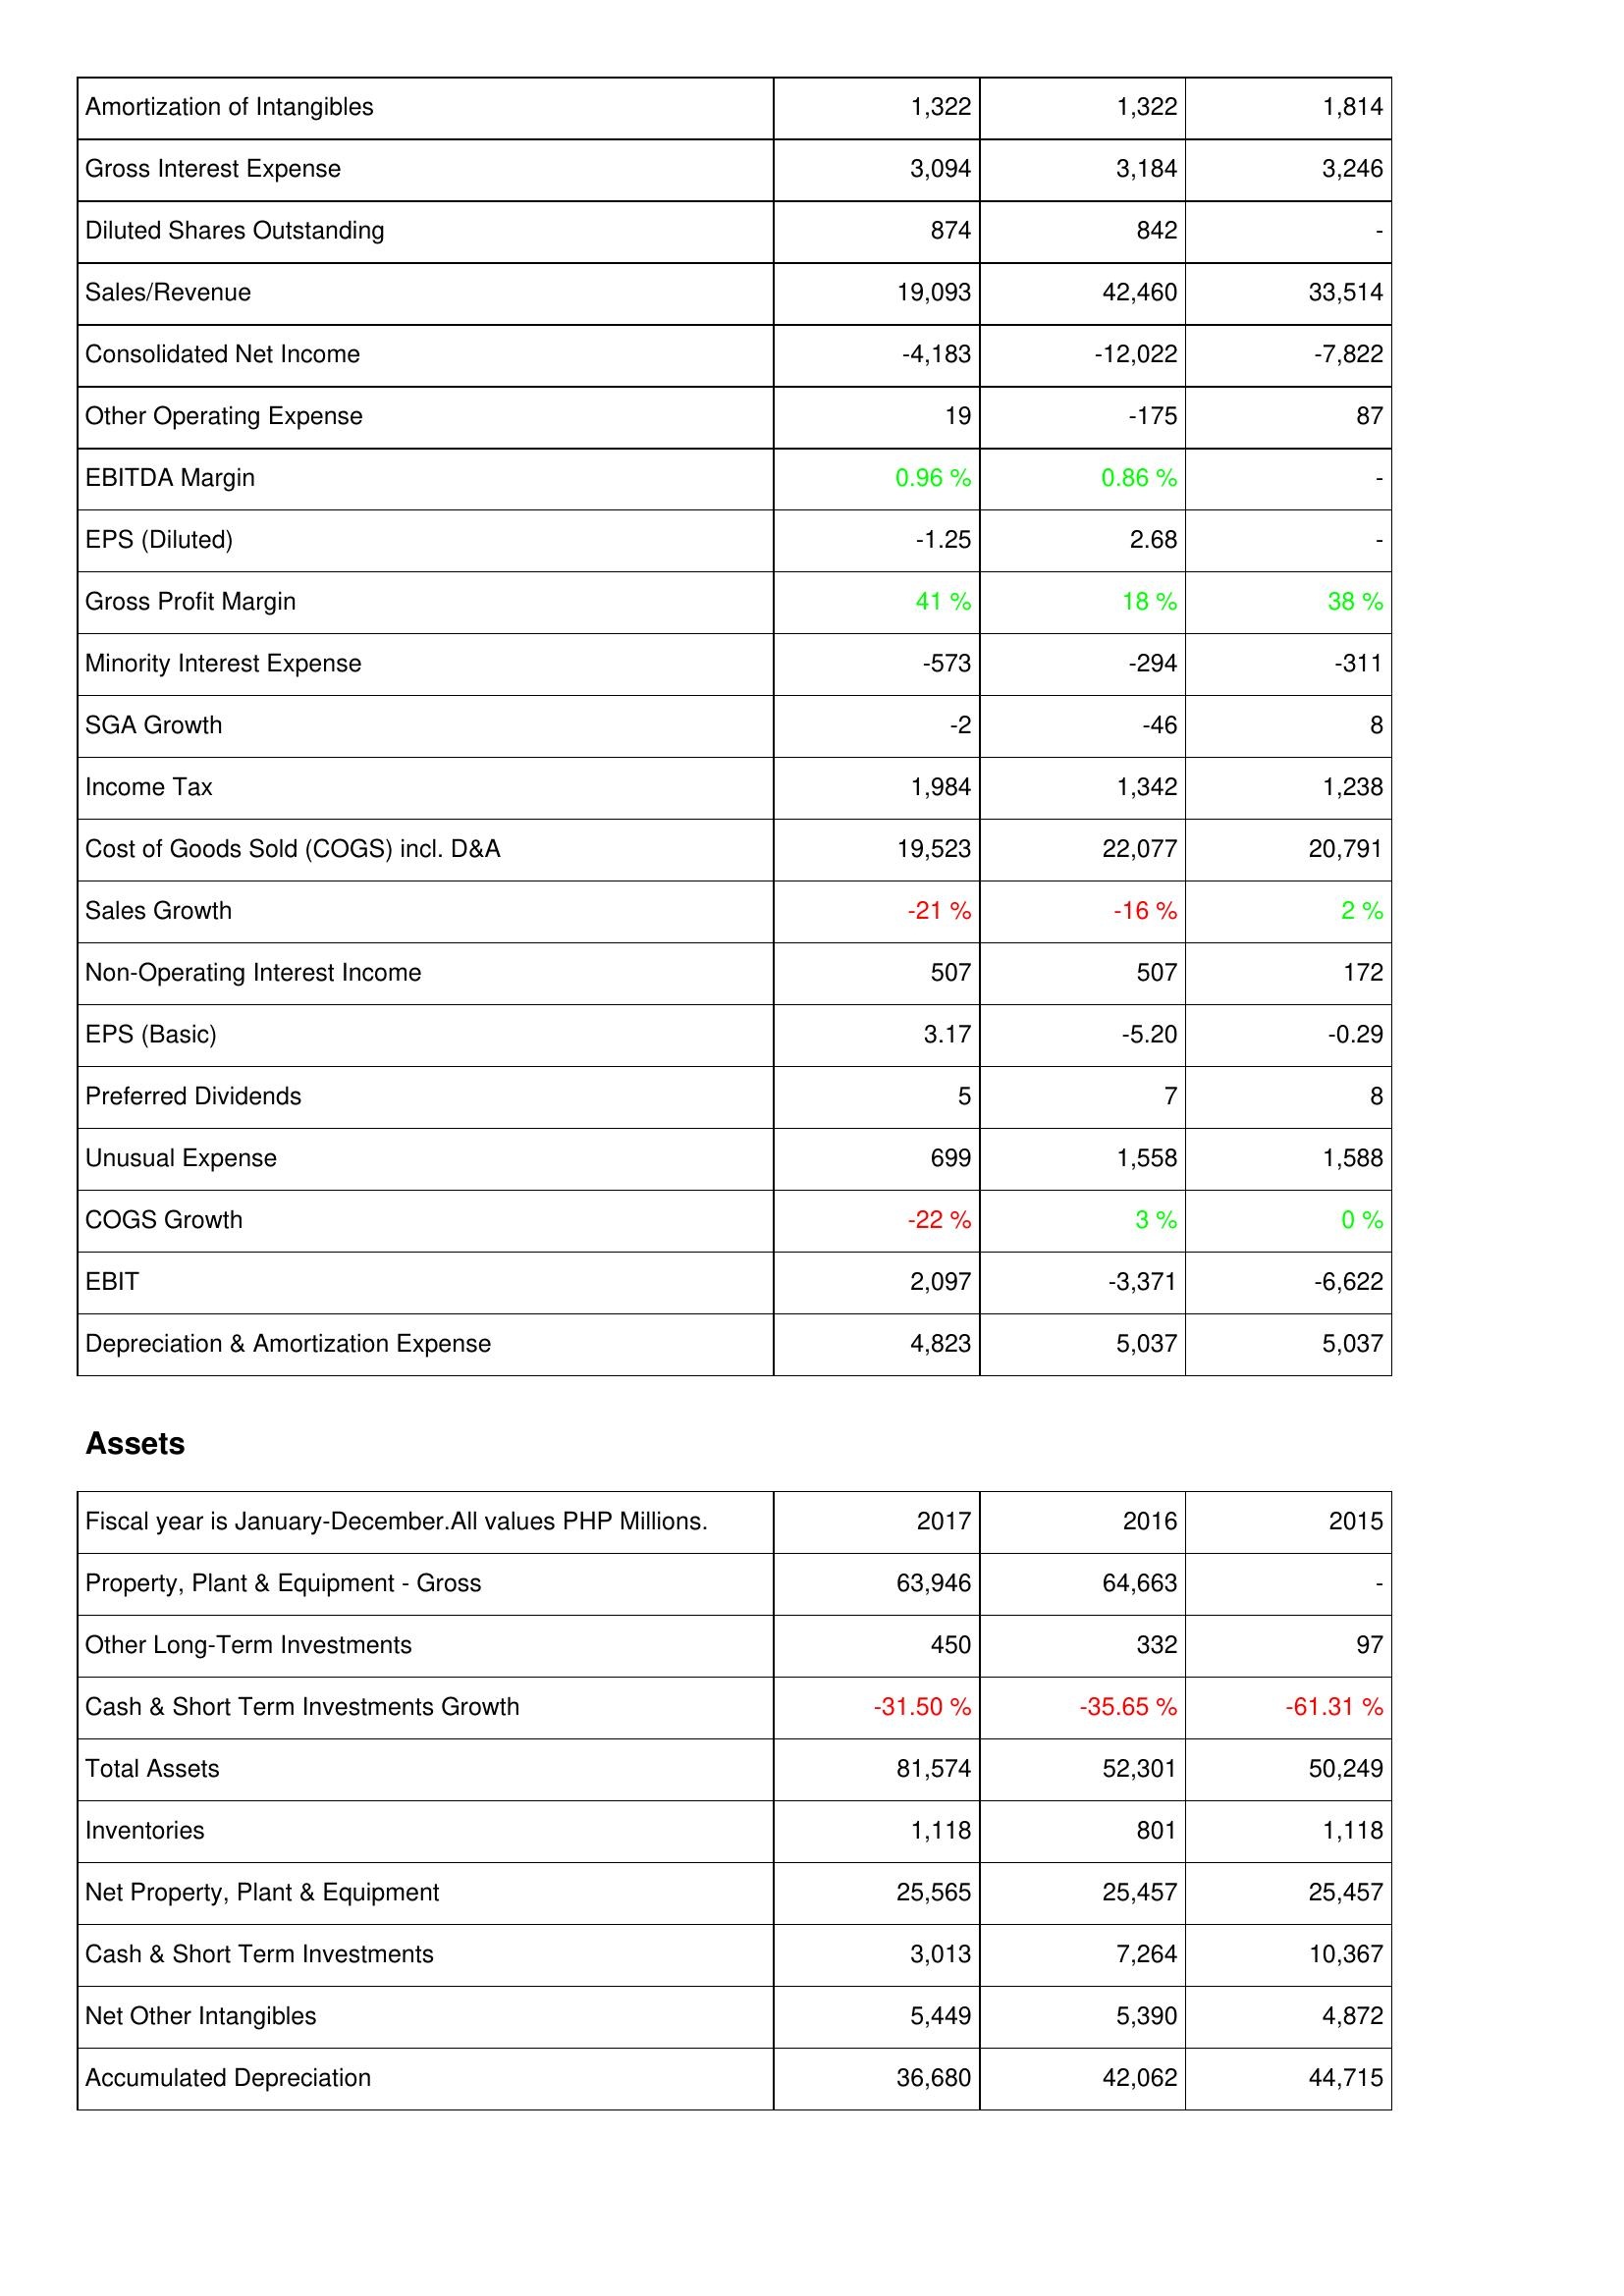
2017: Income Statement: Amortization of Intangibles: 1,322
Gross Interest Expense: 3,094
Diluted Shares Outstanding: 874
Sales/Revenue: 19,093
Consolidated Net Income: -4,183
Other Operating Expense: 19
EBITDA Margin: 0.96 %
EPS (Diluted): -1.25
Gross Profit Margin: 41 %
Minority Interest Expense: -573
SGA Growth: -2
Income Tax: 1,984
Cost of Goods Sold (COGS) incl. D&A: 19,523
Sales Growth: -21 %
Non-Operating Interest Income: 507
EPS (Basic): 3.17
Preferred Dividends: 5
Unusual Expense: 699
COGS Growth: -22 %
EBIT: 2,097
Depreciation & Amortization Expense: 4,823
Assets: Property, Plant & Equipment - Gross: 63,946
Other Long-Term Investments: 450
Cash & Short Term Investments Growth: -31.50 %
Total Assets: 81,574
Inventories: 1,118
Net Property, Plant & Equipment: 25,565
Cash & Short Term Investments: 3,013
Net Other Intangibles: 5,449
Accumulated Depreciation: 36,680
2016: Income Statement: Amortization of Intangibles: 1,322
Gross Interest Expense: 3,184
Diluted Shares Outstanding: 842
Sales/Revenue: 42,460
Consolidated Net Income: -12,022
Other Operating Expense: -175
EBITDA Margin: 0.86 %
EPS (Diluted): 2.68
Gross Profit Margin: 18 %
Minority Interest Expense: -294
SGA Growth: -46
Income Tax: 1,342
Cost of Goods Sold (COGS) incl. D&A: 22,077
Sales Growth: -16 %
Non-Operating Interest Income: 507
EPS (Basic): -5.20
Preferred Dividends: 7
Unusual Expense: 1,558
COGS Growth: 3 %
EBIT: -3,371
Depreciation & Amortization Expense: 5,037
Assets: Property, Plant & Equipment - Gross: 64,663
Other Long-Term Investments: 332
Cash & Short Term Investments Growth: -35.65 %
Total Assets: 52,301
Inventories: 801
Net Property, Plant & Equipment: 25,457
Cash & Short Term Investments: 7,264
Net Other Intangibles: 5,390
Accumulated Depreciation: 42,062
2015: Income Statement: Amortization of Intangibles: 1,814
Gross Interest Expense: 3,246
Diluted Shares Outstanding: -
Sales/Revenue: 33,514
Consolidated Net Income: -7,822
Other Operating Expense: 87
EBITDA Margin: -
EPS (Diluted): -
Gross Profit Margin: 38 %
Minority Interest Expense: -311
SGA Growth: 8
Income Tax: 1,238
Cost of Goods Sold (COGS) incl. D&A: 20,791
Sales Growth: 2 %
Non-Operating Interest Income: 172
EPS (Basic): -0.29
Preferred Dividends: 8
Unusual Expense: 1,588
COGS Growth: 0 %
EBIT: -6,622
Depreciation & Amortization Expense: 5,037
Assets: Property, Plant & Equipment - Gross: -
Other Long-Term Investments: 97
Cash & Short Term Investments Growth: -61.31 %
Total Assets: 50,249
Inventories: 1,118
Net Property, Plant & Equipment: 25,457
Cash & Short Term Investments: 10,367
Net Other Intangibles: 4,872
Accumulated Depreciation: 44,715